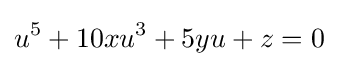
u^{5}+10xu^{3}+5yu+z=0